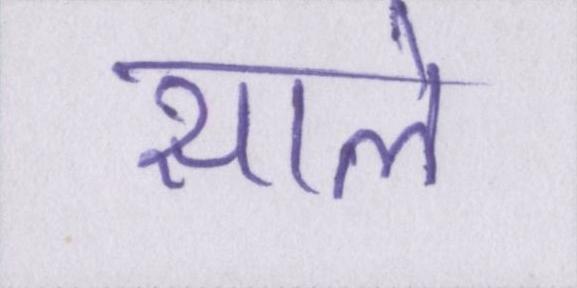
साले